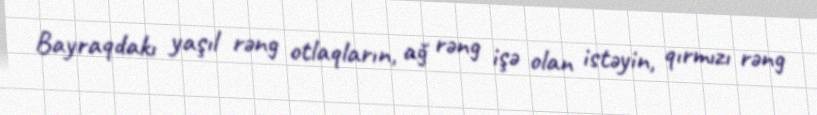
Bayraqdakı yaşıl rəng otlaqların, ağ rəng işə olan istəyin, qırmızı rəng